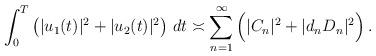
LaTeX: \begin{align*} \int_{0}^{T} \big(|u_1(t)|^2+|u_2(t)|^2\big)\ dt \asymp\sum_{ n= 1}^{\infty}\Big(|C_{n}|^2+ |d_nD_{n}|^2\Big) \,.\end{align*}